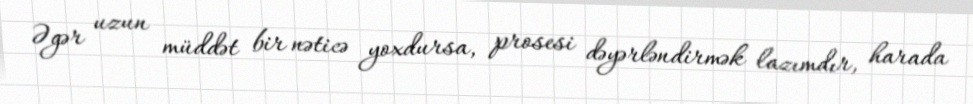
Əgər uzun müddət bir nəticə yoxdursa, prosesi dəyərləndirmək lazımdır, harada